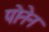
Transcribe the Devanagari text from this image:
पोनेन